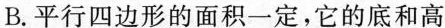
B.平行四边形的面积一定，它的底和高